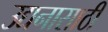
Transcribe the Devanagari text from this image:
उद्यनासाठी